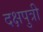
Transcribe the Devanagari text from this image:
दक्षपुत्री